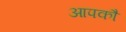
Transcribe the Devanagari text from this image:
आपकौ